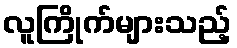
လူကြိုက်များသည့်